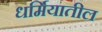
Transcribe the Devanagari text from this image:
धर्मियातील